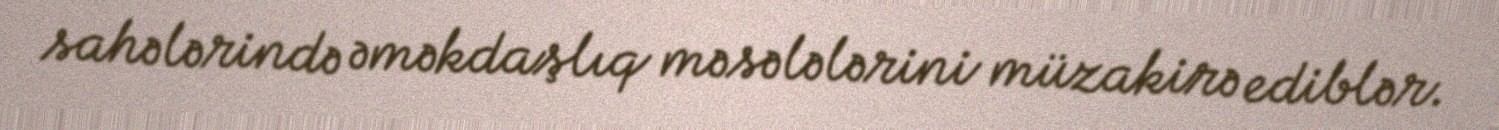
sahələrində əməkdaşlıq məsələlərini müzakirə ediblər.